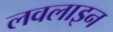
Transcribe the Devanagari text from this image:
लवलाइन